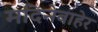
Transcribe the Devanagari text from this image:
मदिनेबाहेर